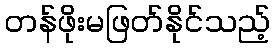
တန်ဖိုးမဖြတ်နိုင်သည့်